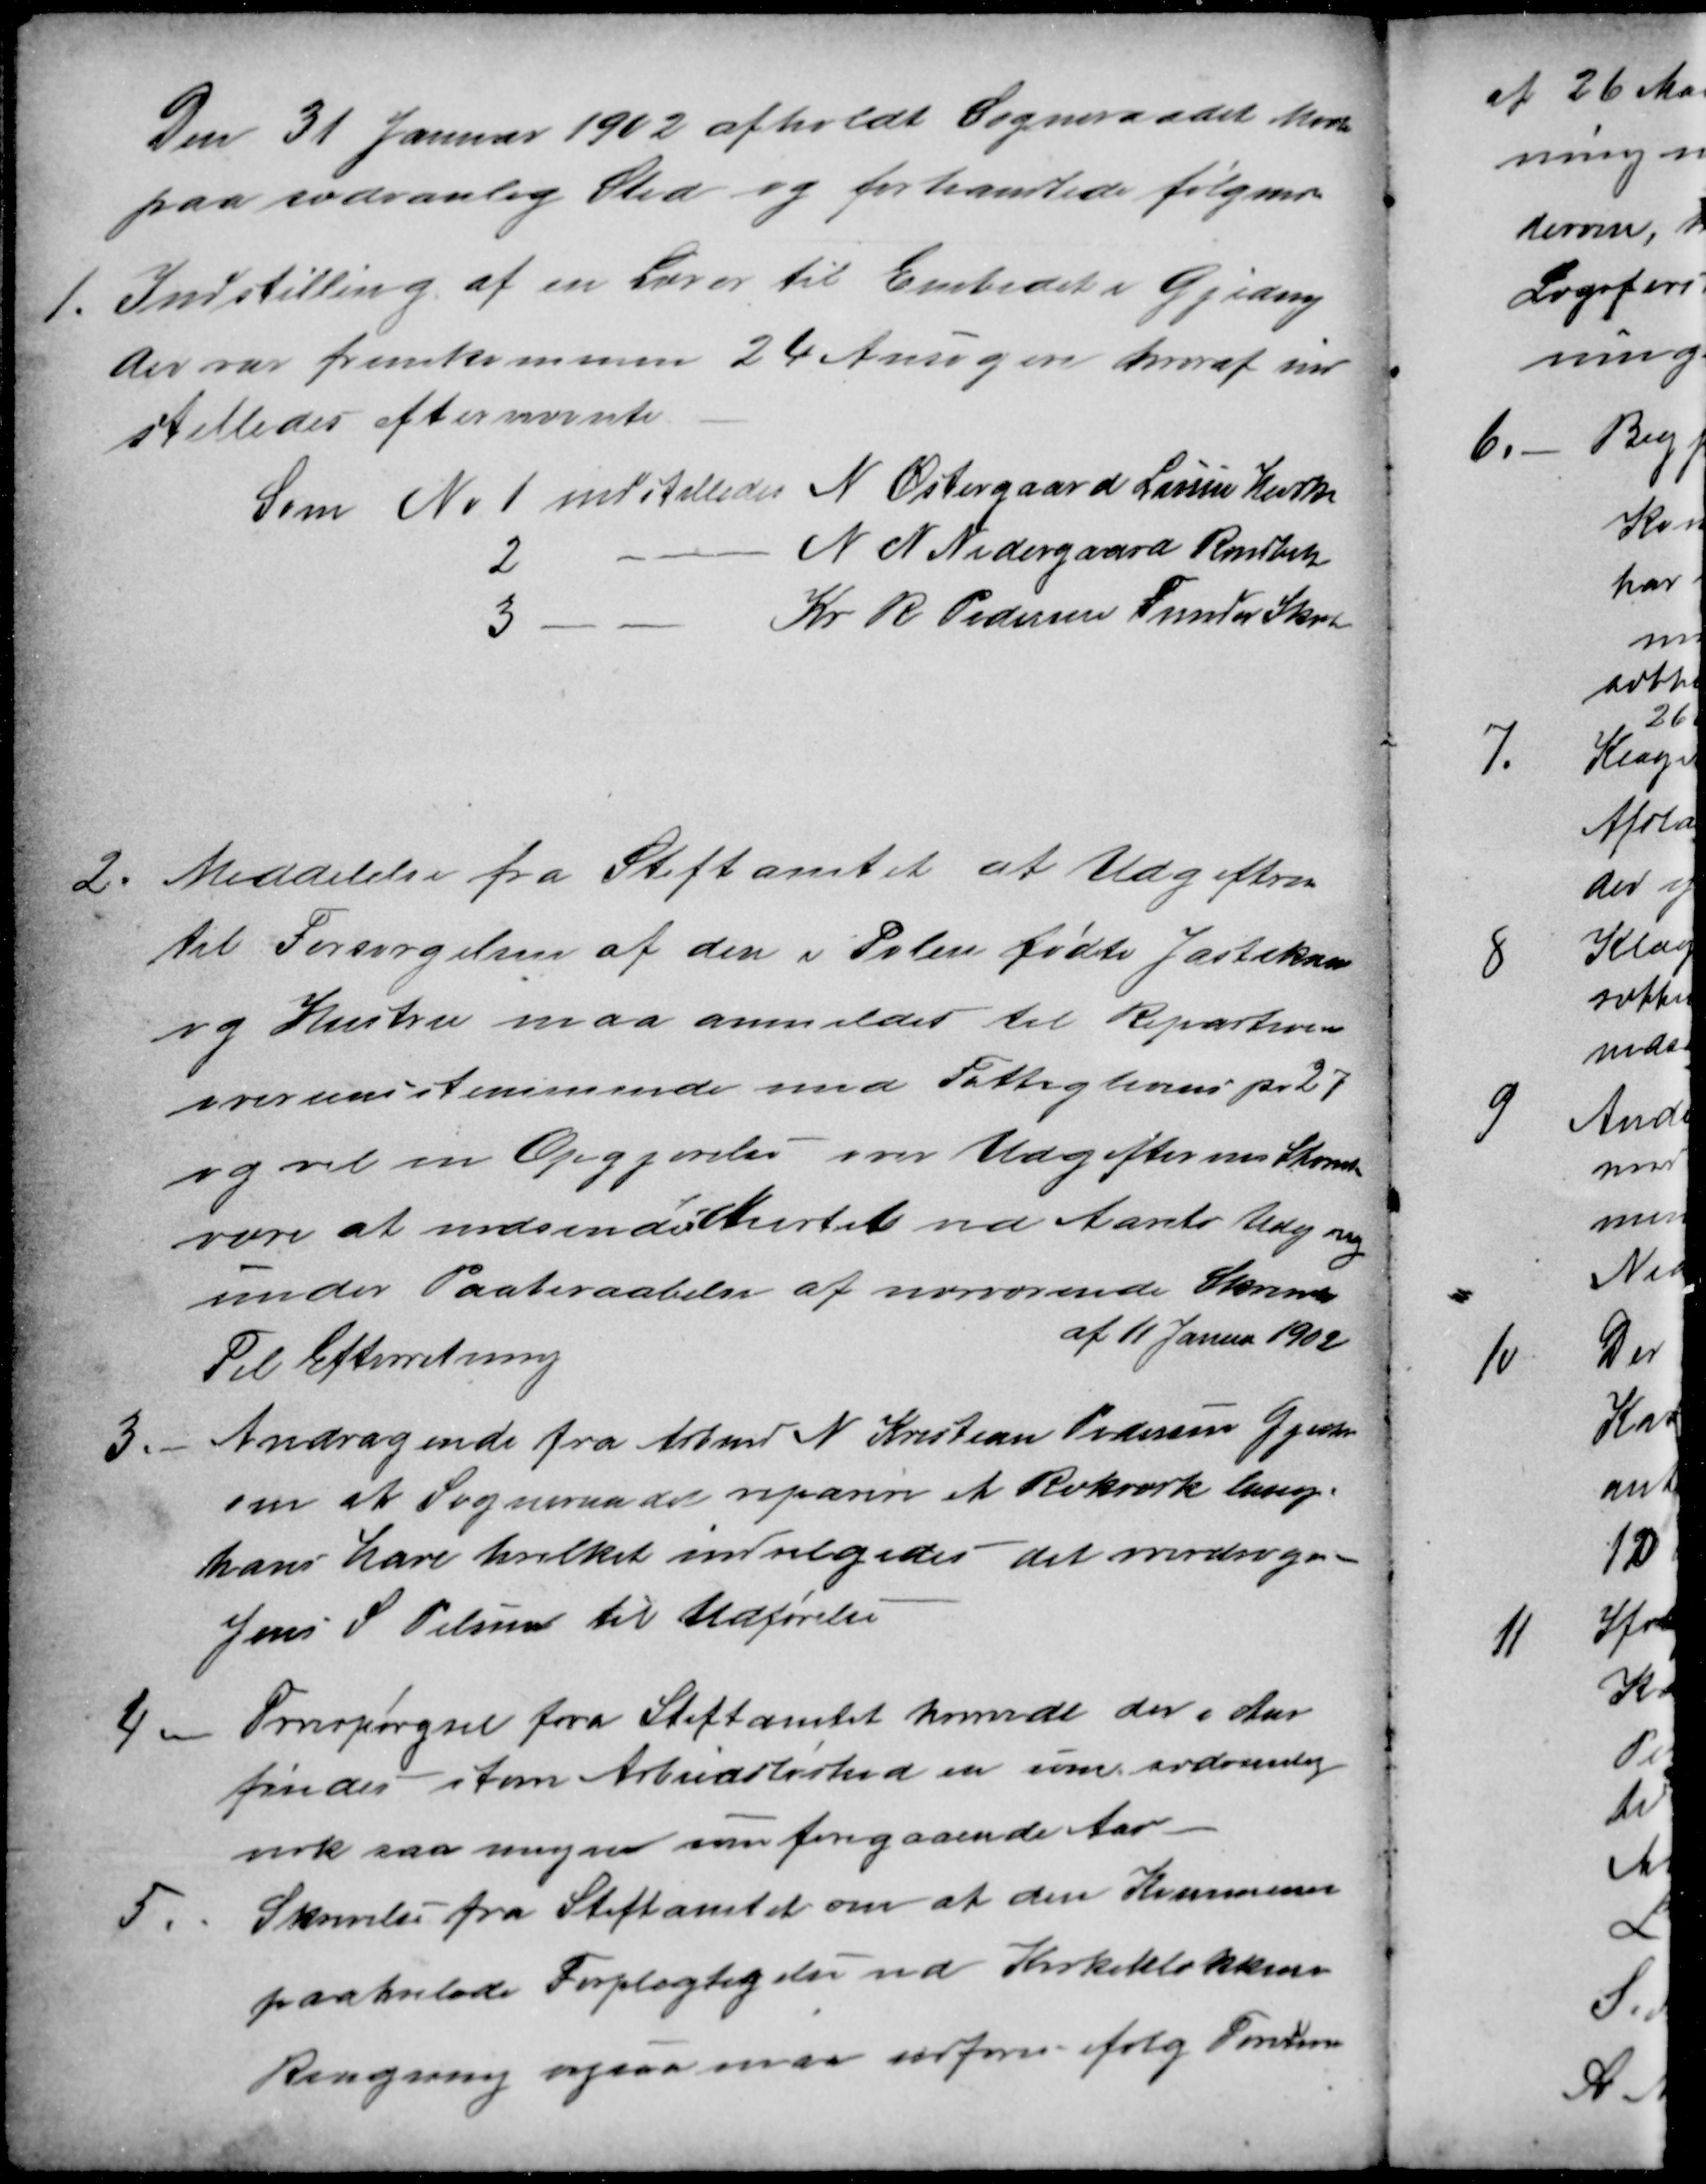
Transskription:
Den 31 Januar 1902 afholdt Sogneraadet Møde
paa sædvanlig Sted og forhandlede følgende
1.
Indstilling af en Lærer til Embedet i Gjeding
der var fremkommen 24 Ansøgere hvoraf ind
stilledes efternævnte
Som No 1 indstilledes N Østergaard Larssen Hurke
2
N N Nedergaard Randbeck
3 -
Kr R Pedersen Funder Skole
2.
Meddelelse fra Stiftamtet at Udgifterne
til Forsørgelsen af den i Polen fødte Jastikan
og Hustru maa anmeldes til Reoartionen
overensstemmende med Fattiglovens pr 27
og ved en Opgjørelse over Udgifternes Størrelse
være at indsende
til
Amtet ved Aarets Udgang
under Paaberaabelse af nærværende Skrivelse
af 11 Januar 1902
Til Efterretning
3.
Andragende fra Arbmd N Kristian Pedersen Gjeding
om at Sogneraadet reparere et Rækværk langs
hans have hvilket indvilgedes - det overdroges
Jens S Pelssen til Udførelse
4
Forespørgsel fra Stiftamtet hvorvidt der i Aar
findes større Arbedsløshed en som sædvanlig
nok saa megen som foregaaende Aar
5.
Skrivelse fra Stiftamtet om at den Kommunen
paahvilede Forpligtigelse med Kirkeklokkens
Ringning ogsaa maa udføres ifølg Forordnin